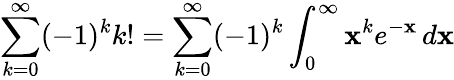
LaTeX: \sum_{k=0}^{\infty}(-1)^{k}k!=\sum_{k=0}^{\infty}(-1)^{k}\int_{0}^{\infty}\mathbf{x}^{k}e^{-\mathbf{x}}\, d\mathbf{x}